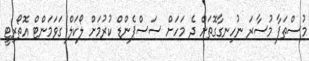
މުސްތަފާ މުސާރަ ނުހިނގާގޮތަށް ދެ މަހަށް ސަސްޕެންޑް ކުރުމަށް ލޯކަލް ގަވަމަންޓް އޮތޯރިޓީ